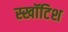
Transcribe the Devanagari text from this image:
स्खॉटिश